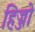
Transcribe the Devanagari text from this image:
हिज्जो